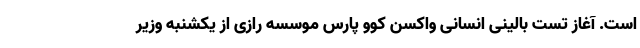
است. آغاز تست بالینی انسانی واکسن کوو پارس موسسه رازی از یکشنبه وزیر